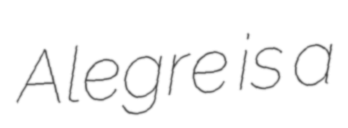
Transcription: Alegre is a